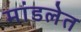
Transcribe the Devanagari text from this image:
मांडलेत